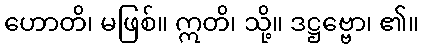
ဟောတိ၊ မဖြစ်။ ဣတိ၊ သို့။ ဒဋ္ဌဗ္ဗော၊ ၏။